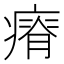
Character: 瘠